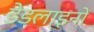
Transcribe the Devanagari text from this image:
डेडलाइनों